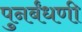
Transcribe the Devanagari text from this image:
पुनर्बंधणी